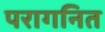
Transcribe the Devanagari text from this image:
परागनित